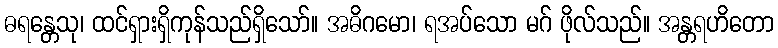
ဓရန္တေသု၊ ထင်ရှားရှိကုန်သည်ရှိသော်။ အဓိဂမော၊ ရအပ်သော မဂ် ဖိုလ်သည်။ အန္တရဟိတော